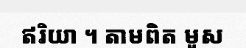
ឥរិយា ។ តាមពិត មូស